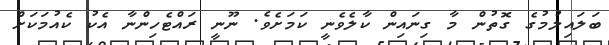
ބަލައިލުމުގެ ގޮތުން މާ ގިނައިން ކާލެވެނީ ކަމަށެވެ. ނޫނީ ރައްޓެހިންނާ އެކު ކެއުމަކަށް